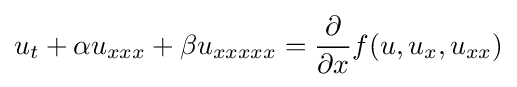
u_{t}+\alpha u_{xxx}+\beta u_{xxxxx}={\frac {\partial }{\partial x}}f(u,u_{x},u_{xx})